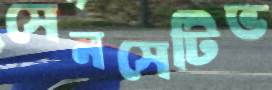
সেনসেটিভ